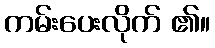
ကမ်းပေးလိုက် ၏။